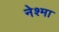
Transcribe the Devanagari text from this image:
नेश्मा